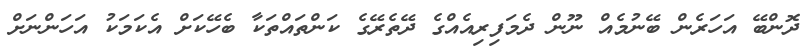
ދޮންބޭ އަހަރެން ބޭނުމެއް ނޫން ދެމަފިރިއެއްގެ ދޭތެރޭގެ ކަންތައްތަކާ ބެހޭކަށް އެކަމަކު އަހަންނަށް